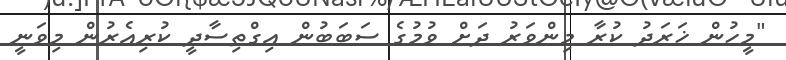
"މީހުން ޚަރަދު ކުރާ މިންވަރު ދަށް ވުމުގެ ސަބަބުން އިގްތިސާދީ ކުރިއެރުން މިވަނީ